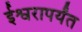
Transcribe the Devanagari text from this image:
ईश्वरापर्यंत